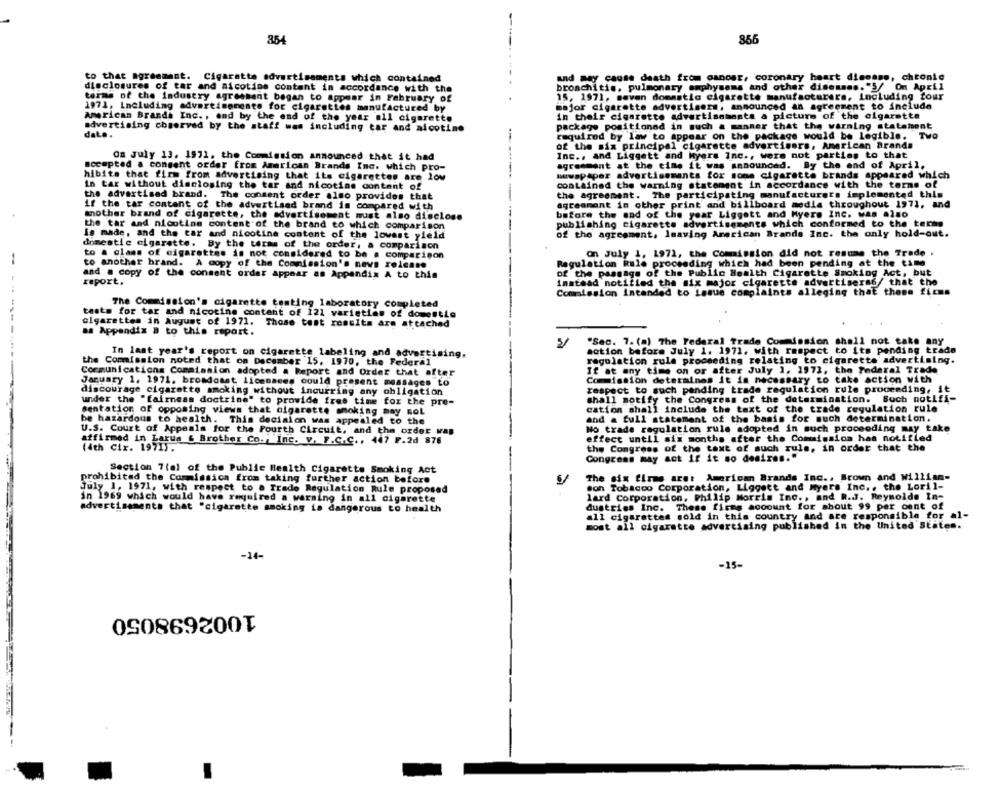
354
---
to that agreement. Cigarette advertisements which contained
.--
and may cause death from canosr, coronary heart disease, chronic
disclosures of tar and nicotine content in accordance with the
bronchitis, pulmonary emphysams and other disenses. "5/ On April
terms of the industry agreement began to Appear in February of
.
15, 1971, maven domastic cigarette manufacturers, including four
1971, Including advertisements for cigarettes manufactured by
major cigarette advertisers. announced an agreement to include
American Brands Inc ., and by the end of the year all cigarette
in their cigarette advertisements a picture of the cigarette
advertising observed by the staff was including tar and nicotine
package positioned in such a manner that the warning statement
dat ..
required by law to appear on the package would be legible. Two
of the six principal cigarette advertisers, American Brands
On July 13. 1971. the Commission announced that it had
Inc ., and Liggett and kyere Inc ., were not parties to that
accepted & consent order from American Brands Inc. which pro-
agreement at the time it was announced. By the end of April.
newspaper advertisements for some cigarette brands appeared which
hibits that firm from advertising that its cigarettes are low
In tar without disclosing the tar and nicotine content of
Contained the warning statement in accordance with the terms of
the advertised brand. The consent order also provides that
--
the agreement. The participating manufacturers implemented this
if the tar content of the advertised brand in compared with
agreement in other print and billboard medla throughout 1972, and
before the end of the year Liggett and Myers Inc. was also
mother brand of cigarette, the advertisement must also disclose
the tar and nicotine content of the brand to which comparison
publishing cigarette advertisements which conformed to the terms
Is made, and the car and nicotine content of the lowest yield
of the agreement, leaving American Brands Inc. the only hold-out.
domestic cigarette. By the terms of the order, a comparison
to a class of cigarettes is not considered to be a comparison
on July 1, 1971, the Commission did not resume the Trade .
Regulation Rule proceeding which had been pending at the time
-
to another brand. A copy of the Commission's news release
and a copy of the consent order appear as Appendix A to this
of the passage of the Public Health Cigarette Smoking Act, but
report.
instead notified the mix major cigarette advertiseras/ that the
Commission intended to issue complaints alleging that those ficms
The Commission's cigarette testing laboratory completed
tests for tar and nicotine content of 121 varieties of domestle
olgarettes in August of 1971. Those test results are attached
aa Appendix a to this report.
"Sec. 7. (a) The Federal Trade Commission shall not take any
In last year's report on cigarette labeling and advertising.
action before July 1. 1971. with respect to its pending trade
the Commission noted that on December 15, 1970, the Federal
regulation rule proceeding relating to cigarette advertising.
Communications Commission adopted a Report and Order that after
If at any time on or after July 1, 1972, the Federal Trade
Commission determines it is necessary to take action with
January 1. 1971. broadcast licensees could present messages to
respect to such panding trade regulation rule proceeding, it
discourage cigarette smoking without incurrimg any obligation
under the "fairness doctrine" to provide free time for the pre-
shall notify the Congress of the determination. Buch notifi-
sentation of opposing views that cigarette smoking may ROL
cation shall include the text of the trade regulation rule
and a full statement of the basis for much determination.
be hazardous to health. This decision was appealed to the
No trade regulation rule adopted in such proceeding may take
U.S. Court of Appeals for the Fourth Circuit, and the order was
affirmed in Larus & Brother Co ., Inc. v. F.C.C ., 447 F.2d 876
effect until six months after the Commission has notified
(4th cix. 1971).
the Congress of the text of such rule, in order that the
Congress may act if it so desires.
Section 7(al of the Public Health Cigarette Smoking Act
prohibited the Commission from taking further action before
The six firms aret American Brands Inc ., Brown and William-
July 1, 1971, with respect to a Trade Regulation Rule proposed
son Tobacco Corporation, Liggett and myers Inc ., the Loril-
in 1969 which would have required a warning in all cigarette
lard Corporation, Philip Morris Inc ., and R.J. Reynolds In-
dustries Inc. These firms account for about 99 per cent of
advertisements that "cigarette smoking La dangerous to health
all cigarettes sold in this country and are responsible for al-
most all cigarette advertising published in the United States.
-14-
-15-
1002698050